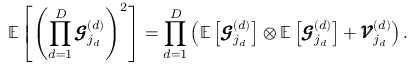
\mathbb { E } \left[ \left( \prod _ { d = 1 } ^ { D } \pmb { \mathscr { G } } _ { j _ { d } } ^ { ( d ) } \right) ^ { 2 } \right] = \prod _ { d = 1 } ^ { D } \left( \mathbb { E } \left[ \pmb { \mathscr { G } } _ { j _ { d } } ^ { ( d ) } \right] \otimes \mathbb { E } \left[ \pmb { \mathscr { G } } _ { j _ { d } } ^ { ( d ) } \right] + \pmb { \mathscr { V } } _ { j _ { d } } ^ { ( d ) } \right) .